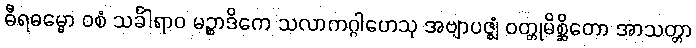
ဓီရဓမ္မော ဝစံ သင်္ခါရာဝ မဉ္စာဒိကေ သလာကဂ္ဂါဟေသု အဗျာပဇ္ဈံ ဝတ္တုမိစ္ဆိတော အာသတ္တာ